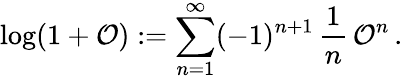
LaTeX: \log(1+{\cal O}):=\sum_{n=1}^{\infty}(-1)^{n+1}\, {\frac{1}{n}}\, {\cal O}^{n}\, .